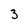
Character: 3